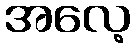
အလေ့